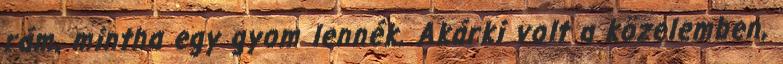
rám, mintha egy gyom lennék. Akárki volt a közelemben,